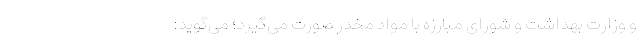
و وزارت بهداشت و شورای مبارزه با مواد مخدر صورت می‌گیرد؛ می‌گوید: